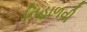
નિહાળવી